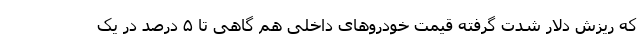
که ریزش دلار شدت گرفته قیمت خودروهای داخلی هم گاهی تا ۵ درصد در یک